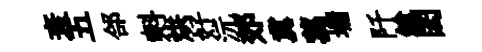
衰五郃㪺烘好沅郊冀蓀墉阡鎗閎